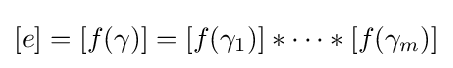
[e]=[f(\gamma )]=[f(\gamma _{1})]\ast \cdots \ast [f(\gamma _{m})]